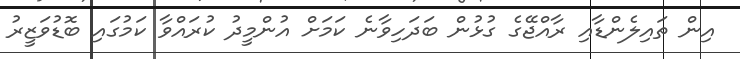
އިން ތައިލެންޑާއި ރާއްޖޭގެ ގުޅުން ބަދަހިވާނެ ކަމަށް އުންމީދު ކުރައްވާ ކަމުގައި ބޮޑުވަޒީރު